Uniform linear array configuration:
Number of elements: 64
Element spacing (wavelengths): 0.25
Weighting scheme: binomial
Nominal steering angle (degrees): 60
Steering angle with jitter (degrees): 59.061
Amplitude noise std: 0.05
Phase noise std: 0.05

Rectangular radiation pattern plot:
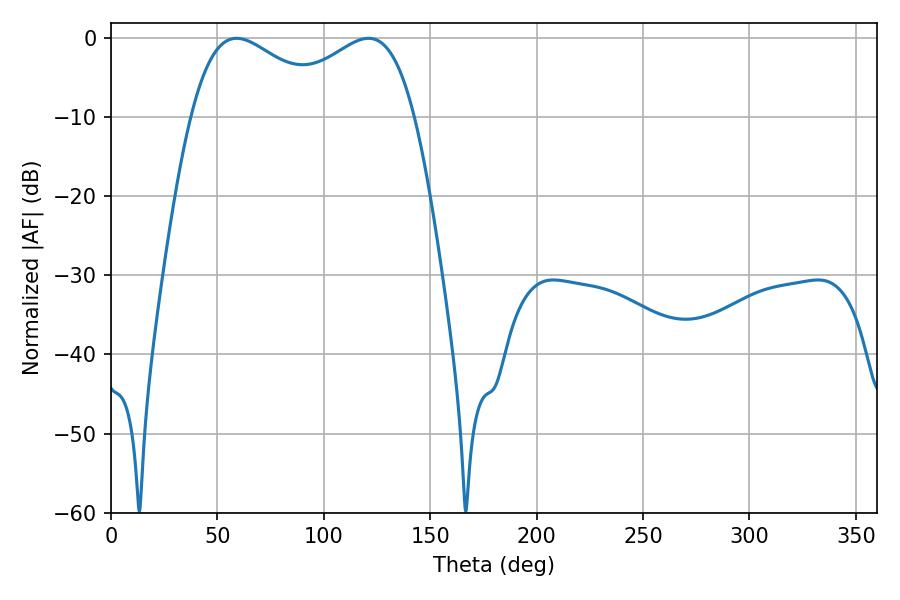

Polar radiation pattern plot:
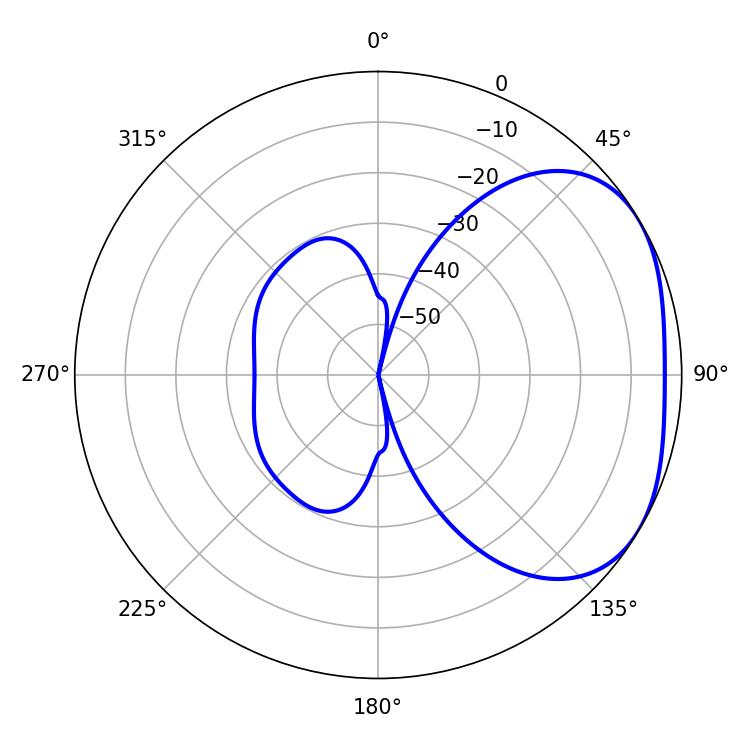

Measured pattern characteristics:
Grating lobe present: FALSE
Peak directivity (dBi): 2.763
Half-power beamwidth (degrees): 36.72
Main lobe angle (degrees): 59.04